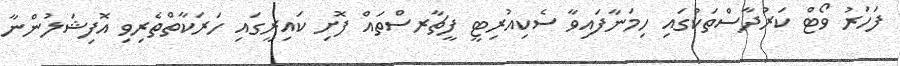
ފަހަރު ވޯޓް ކަރުދާސްތަކުގައި ހިމަނާފައިވާ ސެކިއުރިޓީ ފީޗާރސްތައް ފޮށި ކައިރީގައި ހަރަކާތްތެރިވި އޮފިޝަލުންނާ